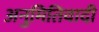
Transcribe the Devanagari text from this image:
अनुमितिवादी